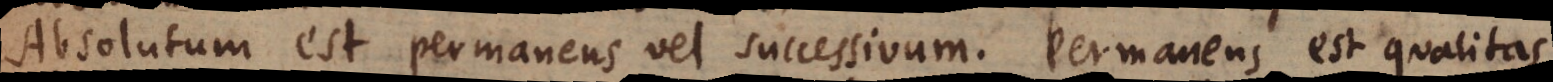
Absolutum est permanens vel successivum. Permanens est qualitas